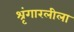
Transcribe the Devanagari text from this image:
श्रृंगारलीला